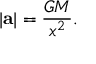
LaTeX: | \mathbf { a } | = { \frac { G M } { x ^ { 2 } } } .